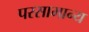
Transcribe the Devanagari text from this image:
परसामान्य